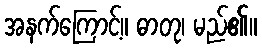
အနက်ကြောင့်။ ဓာတု၊ မည်၏။